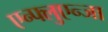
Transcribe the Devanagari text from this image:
एन्फ्लुएन्जा